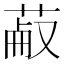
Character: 𦳋